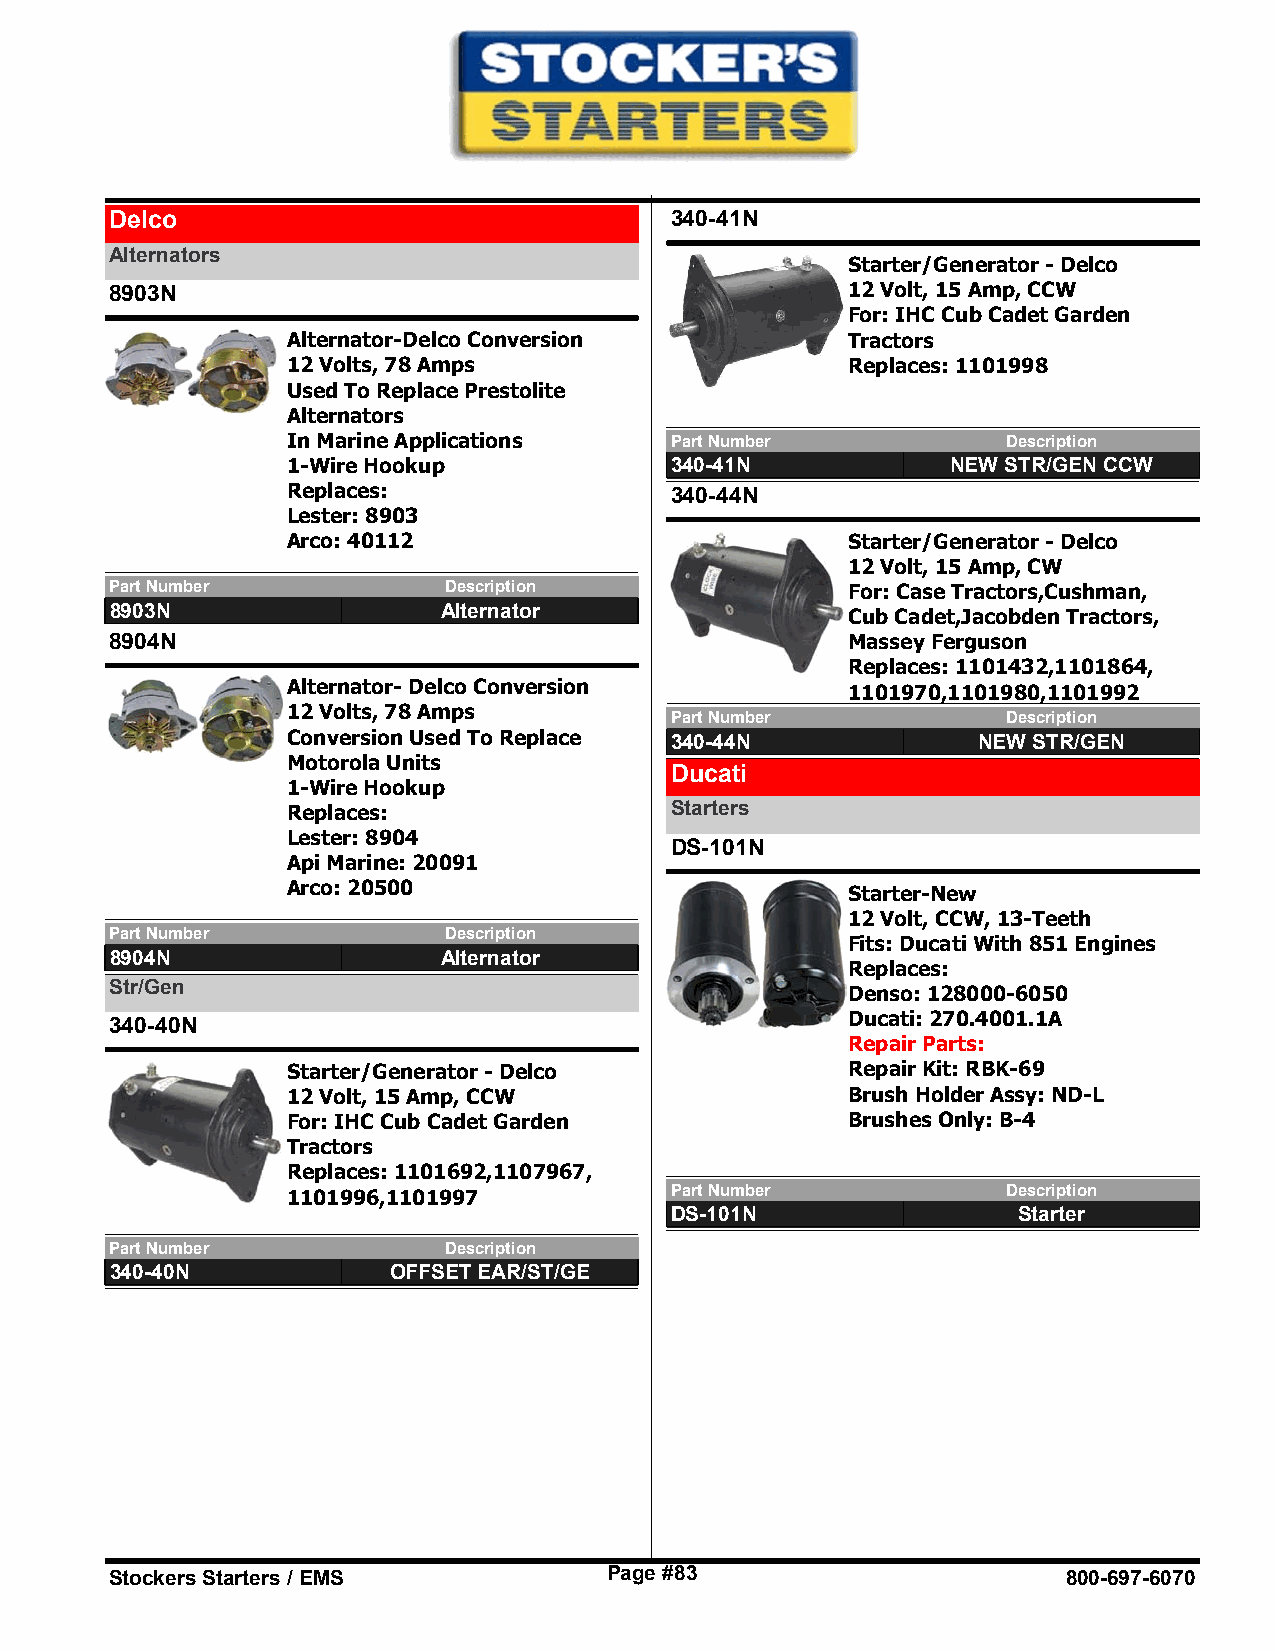
Delco                                340-41N
 Alternators
 Starter/Generator - Delco
 8903N                                            12 Volt, 15 Amp, CCW
 For: IHC Cub Cadet Garden
 Alternator-Delco Conversion          Tractors
 12 Volts, 78 Amps                    Replaces: 1101998
 Used To Replace Prestolite
 Alternators
 In Marine Applications   Part Number            Description
 1-Wire Hookup            340-41N            NEW STR/GEN CCW
 Replaces:                340-44N
 Lester: 8903
 Arco: 40112                          Starter/Generator - Delco
 12 Volt, 15 Amp, CW
 Part Number           Description                For: Case Tractors,Cushman,
 8903N                 Alternator                 Cub Cadet,Jacobden Tractors,
 8904N                                            Massey Ferguson
 Replaces: 1101432,1101864,
 Alternator- Delco Conversion         1101970,1101980,1101992
 12 Volts, 78 Amps
 Part Number            Description
 Conversion Used To Replace 340-44N            NEW STR/GEN
 Motorola Units
 Ducati
 1-Wire Hookup
 Replaces:                Starters
 Lester: 8904
 DS-101N
 Api Marine: 20091
 Arco: 20500                          Starter-New
 12 Volt, CCW, 13-Teeth
 Part Number           Description
 Fits: Ducati With 851 Engines
 8904N                 Alternator
 Replaces:
 Str/Gen
 Denso: 128000-6050
 340-40N                                          Ducati: 270.4001.1A
 Repair Parts:
 Starter/Generator - Delco            Repair Kit: RBK-69
 12 Volt, 15 Amp, CCW                 Brush Holder Assy: ND-L
 For: IHC Cub Cadet Garden            Brushes Only: B-4
 Tractors
 Replaces: 1101692,1107967,
 1101996,1101997          Part Number            Description
 DS-101N                Starter
 Part Number           Description
 340-40N            OFFSET EAR/ST/GE
 Stockers Starters / EMS          Page #83                       800-697-6070